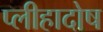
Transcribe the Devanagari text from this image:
प्लीहादोष